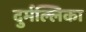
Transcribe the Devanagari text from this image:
दुर्मल्लिका